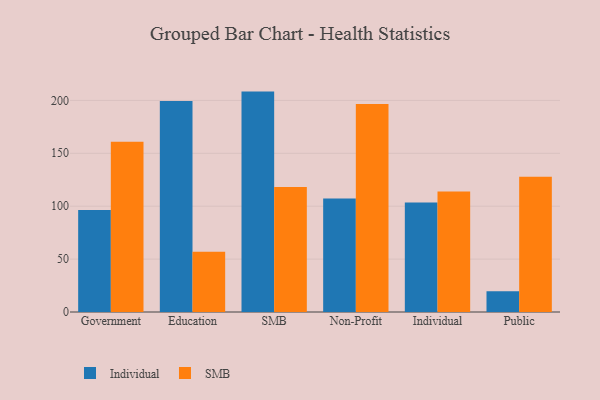
{"axis": {"x": "Segment", "y": "Temperature (°C)"}, "legend": ["Individual", "SMB"], "data": [{"x": "Government", "y": 96.3, "type": "Individual"}, {"x": "Government", "y": 161.0, "type": "SMB"}, {"x": "Education", "y": 199.5, "type": "Individual"}, {"x": "Education", "y": 57.0, "type": "SMB"}, {"x": "SMB", "y": 208.3, "type": "Individual"}, {"x": "SMB", "y": 118.2, "type": "SMB"}, {"x": "Non-Profit", "y": 107.3, "type": "Individual"}, {"x": "Non-Profit", "y": 196.5, "type": "SMB"}, {"x": "Individual", "y": 103.5, "type": "Individual"}, {"x": "Individual", "y": 113.9, "type": "SMB"}, {"x": "Public", "y": 19.6, "type": "Individual"}, {"x": "Public", "y": 127.8, "type": "SMB"}]}